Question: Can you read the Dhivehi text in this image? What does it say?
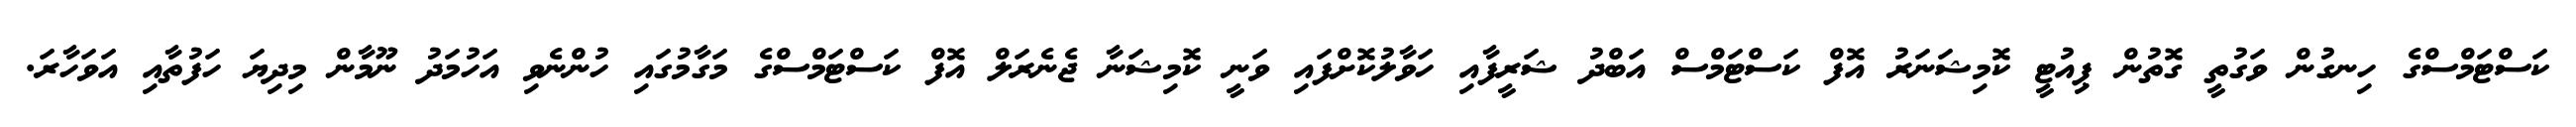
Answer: ކަސްޓަމްސްގެ ހިނގުން ވަގުތީ ގޮތުން ޕިއުޓީ ކޮމިޝަނަރު އޮފް ކަސްޓަމްސް އަބްދު ޝަރީފާއި ހަވާލުކޮށްފައި ވަނީ ކޮމިޝަނާ ޖެނެރަލް އޮފް ކަސްޓަމްސްގެ މަގާމުގައި ހުންނެވި އަހުމަދު ނޫމާން މިދިޔަ ހަފުތާއި އަވަހާރަ.